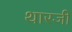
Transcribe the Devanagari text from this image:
थारजी